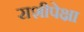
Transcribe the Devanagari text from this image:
राशीपेक्षा